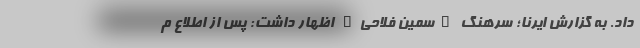
داد. به گزارش ایرنا؛ سرهنگ "سمین فلاحی" اظهار داشت: پس از اطلاع م